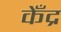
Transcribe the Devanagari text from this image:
केँद्र